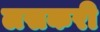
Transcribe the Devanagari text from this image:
लसकरी